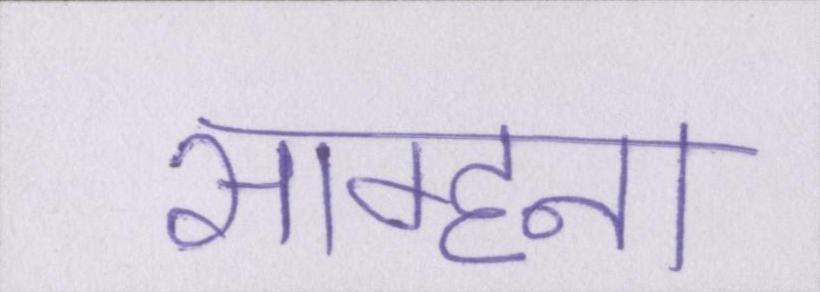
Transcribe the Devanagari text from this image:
साम्हना